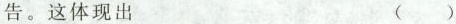
告。这体现出 ()